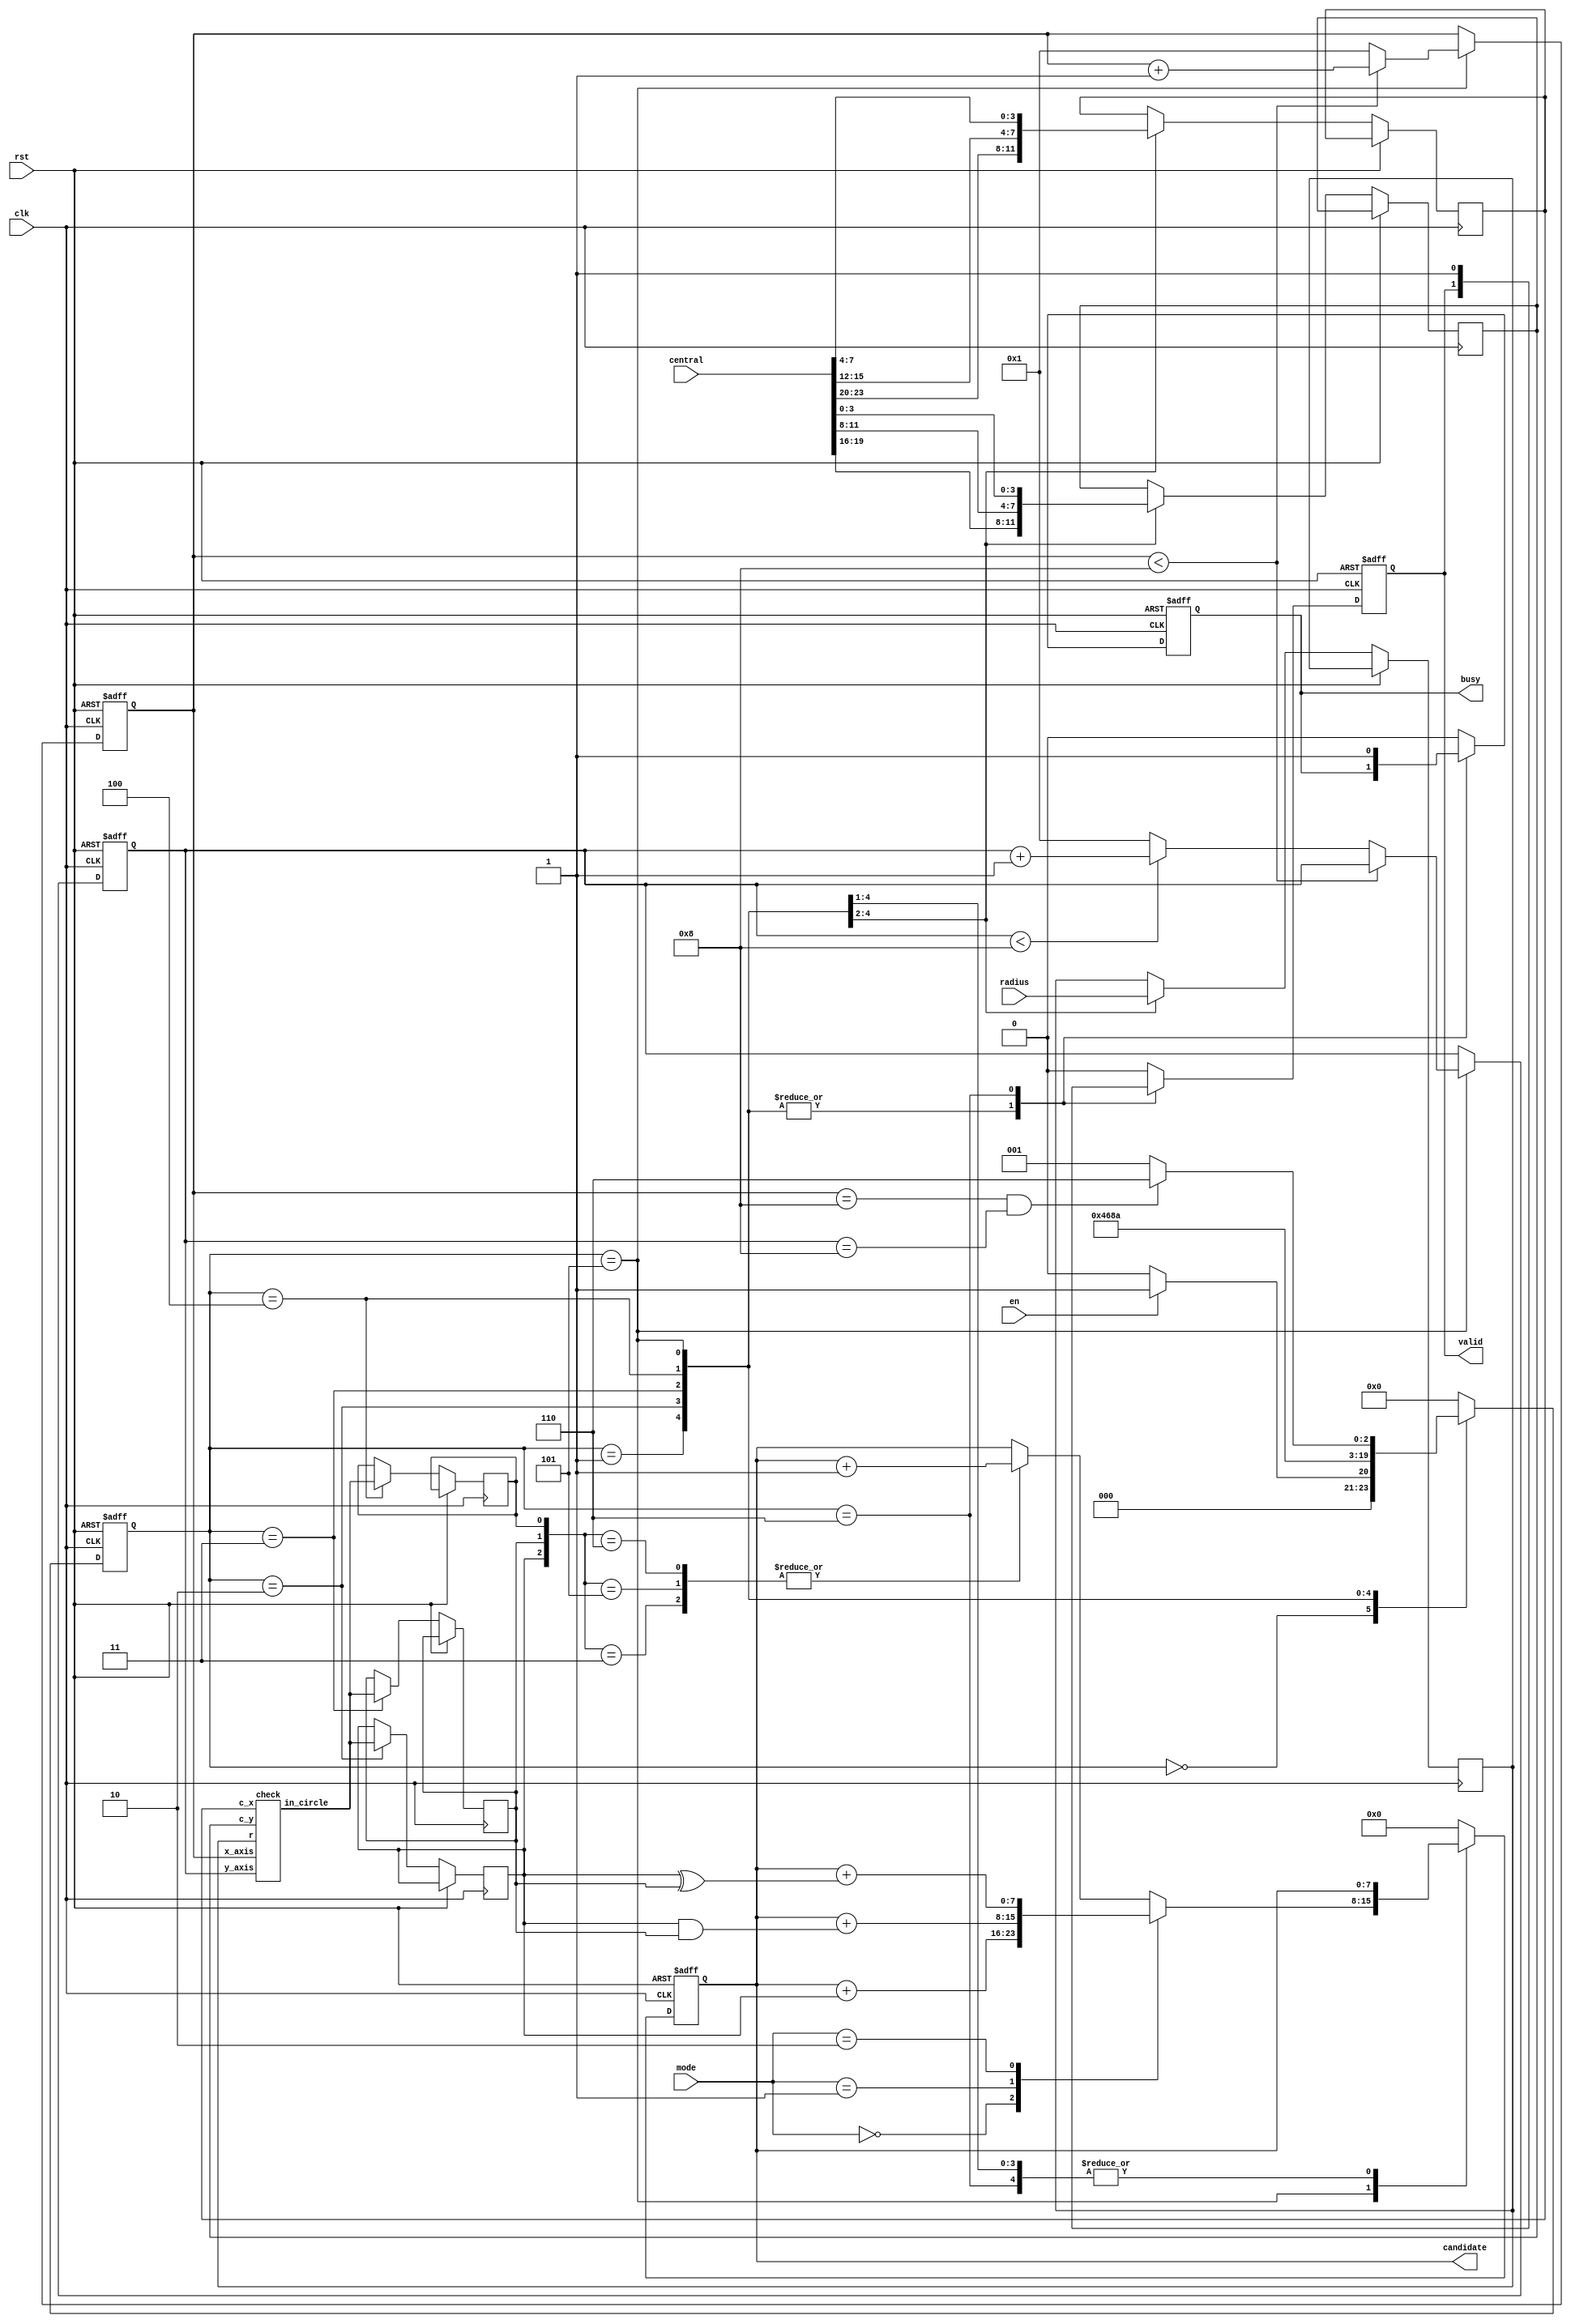
module SET ( clk , rst, en, central, radius, mode, busy, valid, candidate );

parameter [3:0] IDLE = 'h0;
parameter [3:0] PROCESS_0 = 'h1;
parameter [3:0] PROCESS_1 = 'h2;
parameter [3:0] PROCESS_2 = 'h3;
parameter [3:0] PROCESS_3 = 'h4;
parameter [3:0] PROCESS_4 = 'h5;
parameter [3:0] DONE = 'h6;

input clk, rst;
input en;
input [23:0] central;
input [11:0] radius;
input [1:0] mode;
output reg busy;
output reg valid;
output reg [7:0] candidate;

reg [3:0] CState, NState;
reg [3:0] x_axis, y_axis;

wire in_circle;
reg in_A, in_B,in_C;
reg [3:0] x, y, r;

check U0( .c_x(x), .c_y(y), .r(r), .x_axis(x_axis), .y_axis(y_axis), .in_circle(in_circle));

always@(posedge clk or posedge rst)begin
    if(rst) CState <= IDLE;
    else    CState <= NState;
end

always@(*)begin
    case(CState)
        IDLE:begin
            if(en)  NState <= PROCESS_0;
            else    NState <= IDLE;
        end
        PROCESS_0:  NState <= PROCESS_1;
        PROCESS_1:  NState <= PROCESS_2;
        PROCESS_2:  NState <= PROCESS_3;
        PROCESS_3:  NState <= PROCESS_4;
        PROCESS_4:begin
            if((x_axis == 'h8)&&(y_axis == 'h8))    NState <= DONE;
            else                                    NState <= PROCESS_0;
        end
        default:begin
            NState <= IDLE;
        end
    endcase
end

always@(posedge clk or posedge rst)begin
    if(rst)begin
        x_axis <= 'h1;
        y_axis <='h1;
        busy <= 'h0;
        valid <= 'h0;
        candidate <= 'h0;
    end
    else begin
        case(CState)
            IDLE:begin
                busy <= 'h0;
                valid <= 'h0;
                candidate <= 'h0;
            end
            PROCESS_0:begin
                {x,y,r} <= {central[23:16],radius[11:8]};
            end
            PROCESS_1:begin
                in_A <= in_circle;
                {x,y,r} <= {central[15:8],radius[7:4]};
            end
            PROCESS_2:begin
                in_B <= in_circle;
                {x,y,r} <= {central[7:0],radius[3:0]};
            end
            PROCESS_3:begin
                in_C <= in_circle;
            end
            PROCESS_4:begin
                if(x_axis < 'h8)begin
                    x_axis <= x_axis + 'h1;
                end
                else begin
                    x_axis <= 'h1;
                    if(y_axis < 'h8)begin
                        y_axis <= y_axis + 'h1;
                    end
                    else begin
                        y_axis <= 'h1;
                    end
                end
                case(mode)
                    'h0:    candidate <= candidate + in_A;
                    'h1:    candidate <= candidate + (in_A & in_B);
                    'h2:    candidate <= candidate + (in_A ^ in_B);
                    default:begin
                        case({in_A,in_B,in_C})
                            3'b011: candidate <= candidate + 'h1;
                            3'b101: candidate <= candidate + 'h1;
                            3'b110: candidate <= candidate + 'h1;
                            default:candidate <= candidate;
                        endcase
                    end
                endcase
            end
            DONE:begin
                busy <= 'h1;
                valid <= 'h1;
                candidate <= candidate;
            end
            default:begin
                busy <= 'h0;
                valid <= 'h0;
                candidate <= 'h0;
            end
        endcase
    end
end

endmodule

module check( c_x, c_y, r, x_axis, y_axis, in_circle);

input [3:0] c_x, c_y, r;
input [3:0] x_axis, y_axis;
output in_circle;

wire [3:0] ax, ay;
wire [8:0] distance;
wire [7:0] pow2_r;

assign ax = (c_x > x_axis) ? (c_x - x_axis) : (x_axis - c_x);
assign ay = (c_y > y_axis) ? (c_y - y_axis) : (y_axis - c_y);
assign distance = ( ax * ax ) + ( ay * ay );
assign pow2_r = (r * r);
assign in_circle = (pow2_r >= distance) ? ('h1) : ('h0);

// xiuyu is 87

endmodule